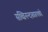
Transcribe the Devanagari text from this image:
सच्चिनन्दस्वरूपको